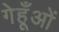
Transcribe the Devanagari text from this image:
गेहूँओं